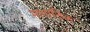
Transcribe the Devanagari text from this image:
मातादिक